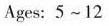
Ages: 5~12